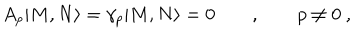
LaTeX: A _ { p } | M , N \rangle = \gamma _ { p } | M , N \rangle = 0 \qquad , \qquad p \neq 0 \ ,